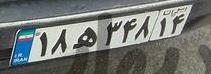
۱۸ه۳۴۸۱۴